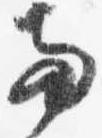
両